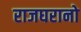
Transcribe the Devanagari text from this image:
राजघरानो